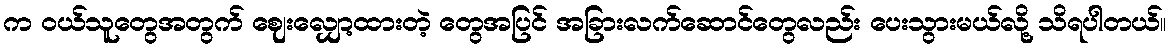
က ဝယ်သူတွေအတွက် ဈေးလျှော့ထားတဲ့ တွေအပြင် အခြားလက်ဆောင်တွေလည်း ပေးသွားမယ်လို့ သိရပါတယ်။